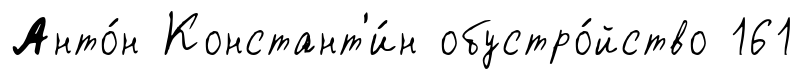
Анто́н Констант'и́н обустро́йство 161